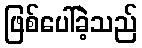
ဖြစ်ပေါ်ခဲ့သည်